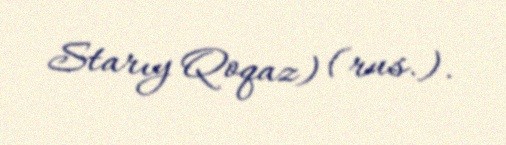
Starıy Qoqaz) (rus.).